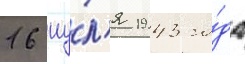
16 иу́л'я 1943 го́да